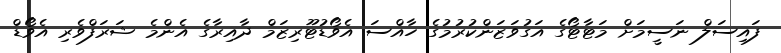
ފައިސަލް ނަސީމަށް މަޓާޓޯގެ އަގުވަޒަންކުރުމުގެ ހާއްސަ އެވޯޑުޓޫރިޒަމް ދާއިރާގެ އެންމެ ޝަރަފްވެރި އެވޯޑް